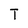
Character: T